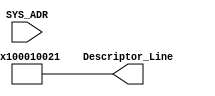
module Descriptor_Table (SYS_ADR, Descriptor_Line);
input  [63:0] SYS_ADR;
output [95:0] Descriptor_Line;

wire   [63:0] SYS_ADR;
reg   [95:0]  Descriptor_Line; 

initial begin
Descriptor_Line[0]<=1;        //Valid
Descriptor_Line[1]<=0;        //End
Descriptor_Line[2]<=0;        //Int
Descriptor_Line[3]<=0;   
Descriptor_Line[4]<=0;        //Act1
Descriptor_Line[5]<=1;        //Act2
Descriptor_Line[15:6]<=0;     //Rsv
Descriptor_Line[31:16]<= 1;   //Length 
Descriptor_Line[95:32]<= 1;   //Address
end
endmodule